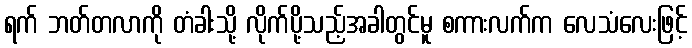
ရက် ဘတ်တလာကို တံခါးသို့ လိုက်ပို့သည့်အခါတွင်မူ စကားလက်က လေသံလေးဖြင့်